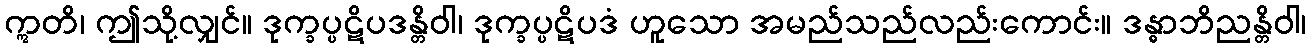
ဣတိ၊ ဤသို့လျှင်။ ဒုက္ခပ္ပဋိပဒန္တိဝါ၊ ဒုက္ခပ္ပဋိပဒံ ဟူသော အမည်သည်လည်းကောင်း။ ဒန္ဓာဘိညန္တိဝါ၊